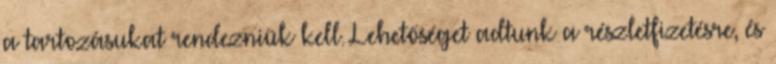
a tartozásukat rendezniük kell. Lehetőséget adtunk a részletfizetésre, és